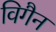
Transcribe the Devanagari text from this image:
विगैन